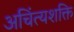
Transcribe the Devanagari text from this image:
अचिंत्यशक्ति